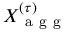
X _ { \mathrm { ~ a ~ g ~ g ~ } } ^ { ( \tau ) }